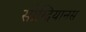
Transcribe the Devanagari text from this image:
सोग्दियानस